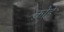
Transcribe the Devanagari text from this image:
क़ोहे